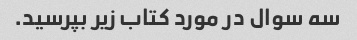
سه سوال در مورد کتاب زیر بپرسید.